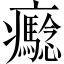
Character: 𤼔